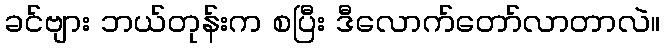
ခင်ဗျား ဘယ်တုန်းက စပြီး ဒီလောက်တော်လာတာလဲ။